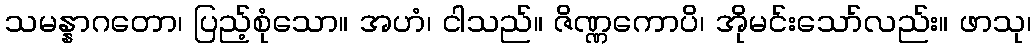
သမန္နာဂတော၊ ပြည့်စုံသော။ အဟံ၊ ငါသည်။ ဇိဏ္ဏကောပိ၊ အိုမင်းသော်လည်း။ ဖာသု၊